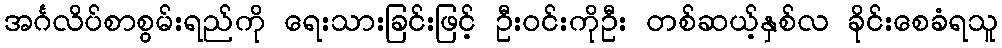
အင်္ဂလိပ်စာစွမ်းရည်ကို ရေးသားခြင်းဖြင့် ဦးဝင်းကိုဦး တစ်ဆယ့်နှစ်လ ခိုင်းစေခံရသူ